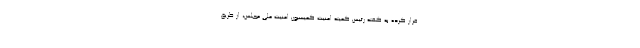
فرار کرده به گفته رئیس کمیته امنیت کمیسیون امنیت ملی مجلس، از طریق